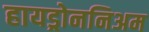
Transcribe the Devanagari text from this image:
हायड्रोननिअम